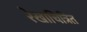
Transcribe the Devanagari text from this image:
रेखाचित्रित